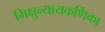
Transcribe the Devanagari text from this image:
भिक्षुन्यायकर्णिका